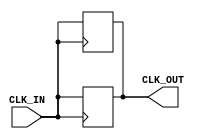
module clock_buffer (
    input wire CLK_IN,        // Input clock signal
    output reg CLK_OUT        // Buffered output clock signal
);

// Parameter to define delay (in time units) for the buffer behavior
parameter DELAY = 1; // Example delay

// Always block to implement the clock buffer functionality
always @(posedge CLK_IN) begin
    #DELAY CLK_OUT <= CLK_IN; // Buffering delay
end

// Additionally handle the negedge case if needed
always @(negedge CLK_IN) begin
    #DELAY CLK_OUT <= CLK_IN; // Buffering delay
end

endmodule